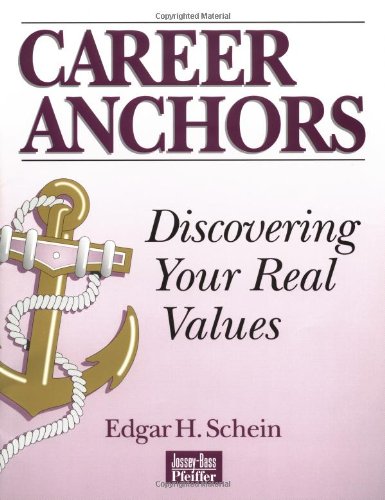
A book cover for Career Anchors, Workbook: Discovering Your Real Values; Edgar H. Schein; Business & Money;